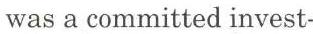
was a committed invest-